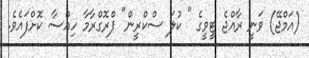
(އަމްޖޭ) ވަނީ ރާއްޖެ ޓީވީގެ " ކުލަ ސްކްރީން" ޕްރޮގްރާމާ ހިއްސާ ކޮށްފައެވެ.